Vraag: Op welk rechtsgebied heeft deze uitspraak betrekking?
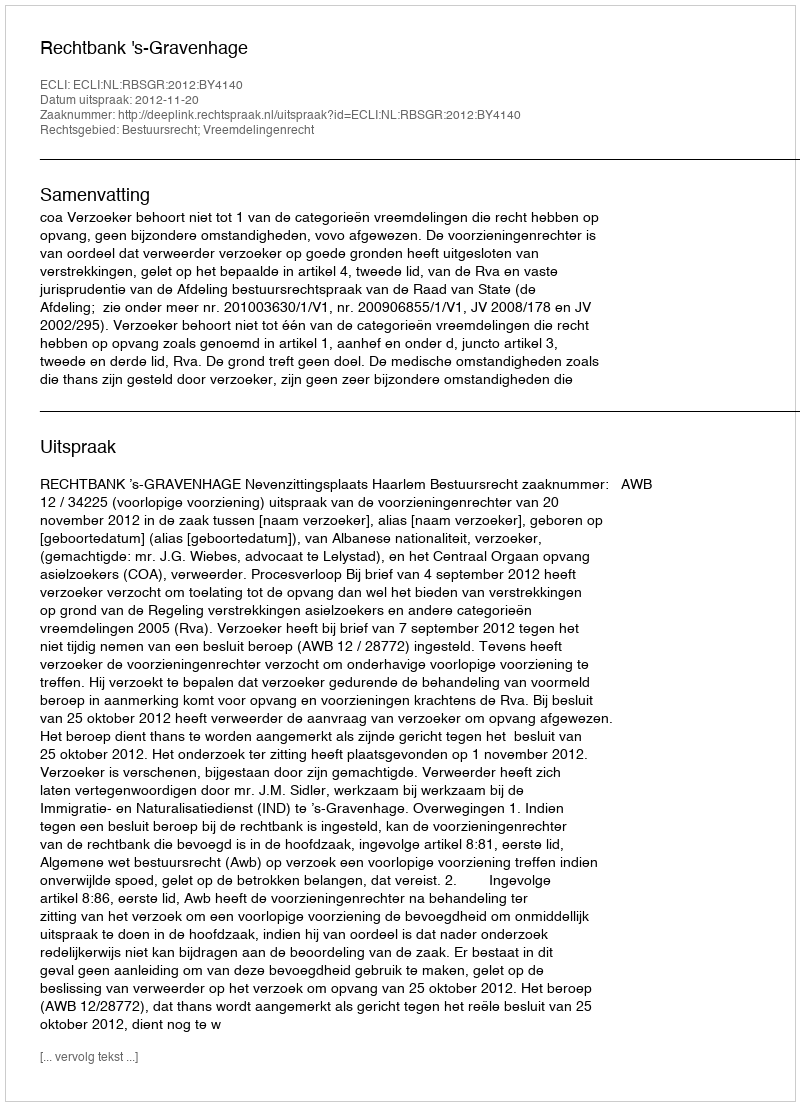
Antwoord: Bestuursrecht; Vreemdelingenrecht